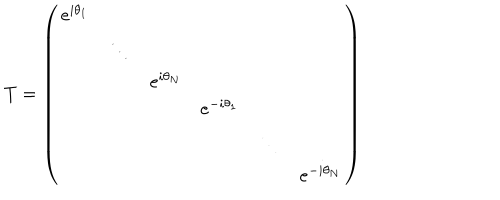
T = \left( \begin{array} { c c c c c c } { { e ^ { i \theta _ { 1 } } } } & { { } } & { { } } & { { } } & { { } } & { { } } \\ { { } } & { { \ddots } } & { { } } & { { } } & { { } } & { { } } \\ { { } } & { { } } & { { e ^ { i \theta _ { N } } } } & { { } } & { { } } & { { } } \\ { { } } & { { } } & { { } } & { { e ^ { - i \theta _ { 1 } } } } & { { } } & { { } } \\ { { } } & { { } } & { { } } & { { } } & { { \ddots } } & { { } } \\ { { } } & { { } } & { { } } & { { } } & { { } } & { { e ^ { - i \theta _ { N } } } } \\ \end{array} \right)